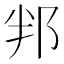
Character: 𮟵